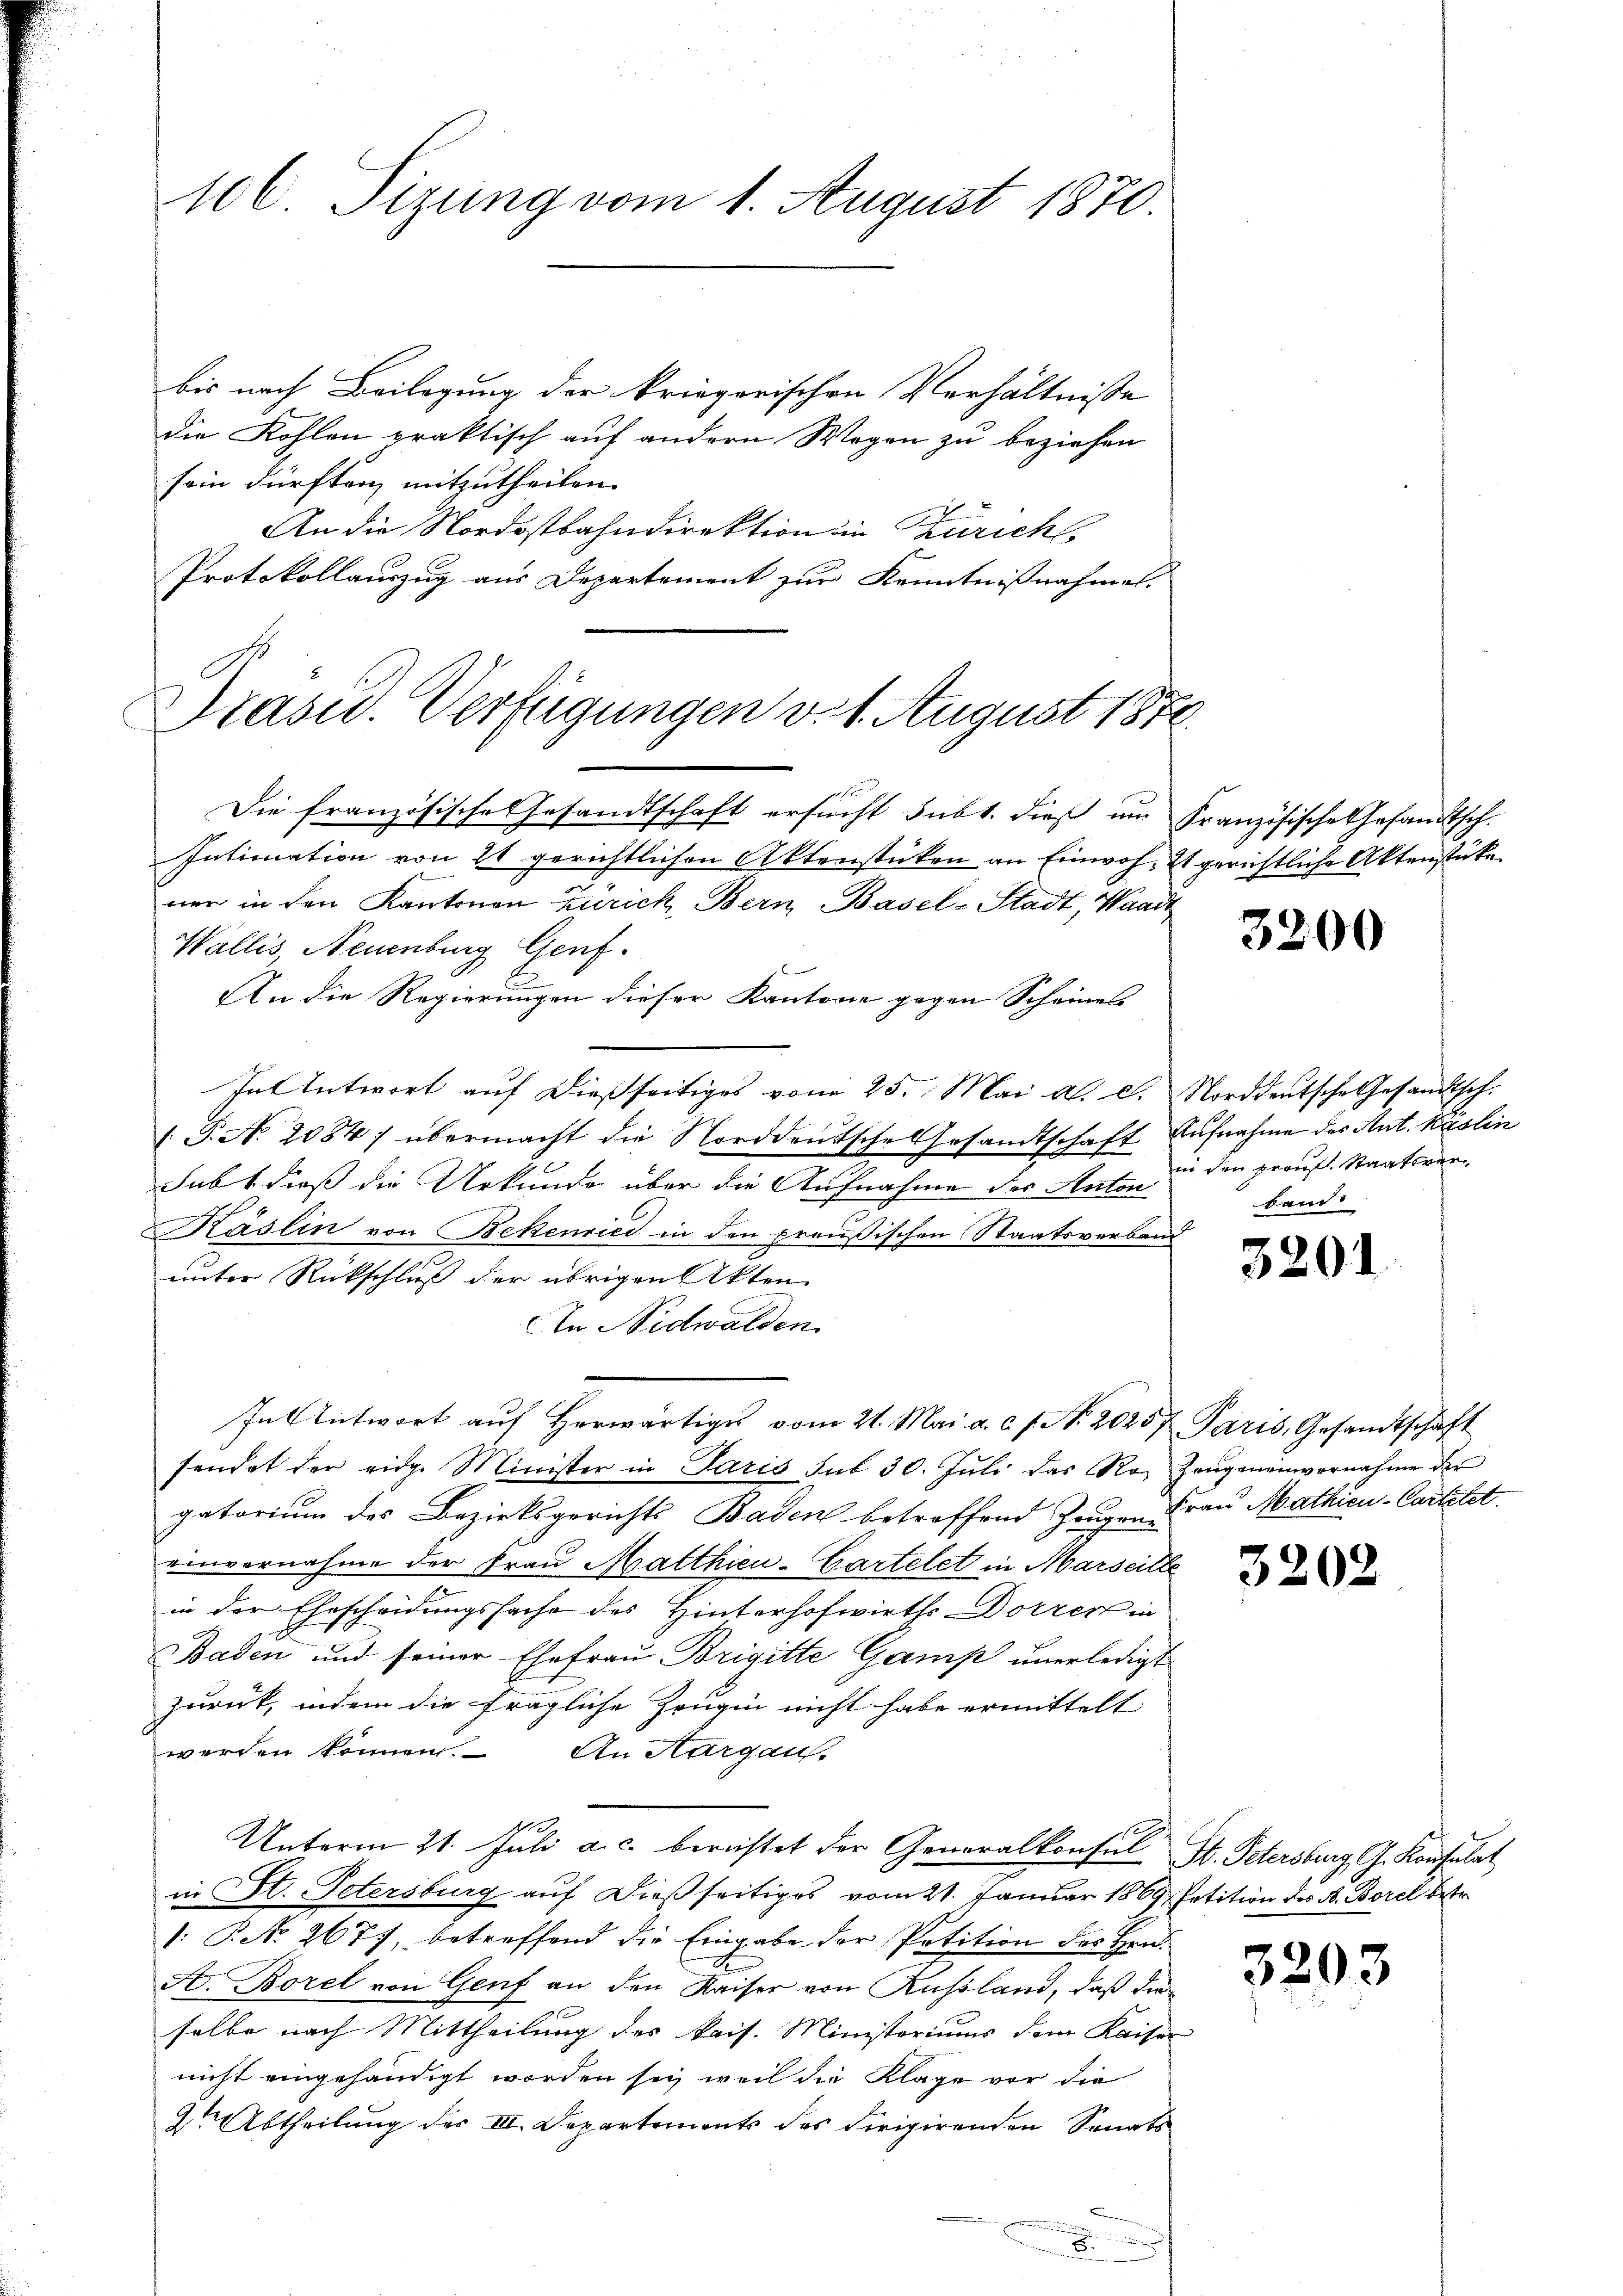
106. Sizung vom 1. August 1870.

bis nach Beilagung der kriegerischen Verhältnisse
die Kohlen praktisch auf andern Wegen zu beziehen
sein dürften mitzutheilen.
An die Nordostbahndirektion in Züricht.
Protokollauszug aus Departement zur Kenntnißnahmen.
Präsid. Verfügungen v. 1. August 1872

Die französische Gesandtschaft ersucht subt. dieß im Französische Gesandtsch.
Intimation von 21 gerichtlichen Aktenstücken an Einwoh- Es gerichtliche Aktenstüke
ner in den Kantonen Zürich, Bern Basel-Stadt, Waadt
Wallis, Neuenburg Genf.
An die Regierungen dieser Kantone gegen Scheines
In Antwort aŭf dießseitiges vom 25. Mai a. c. Norddeutsche Gesandtsch.
T. No. 2084; übermacht die Norddeutsche Gesandtschaft Aufnahme des Ant. Käslin
hebt dieß die Urkunde über die Aufnahme des Anton in den graus. Staatsver¬
Käslin von Bekenried in den preußischen Staatsverband
unter Rückschluß der übrigen Akten
In Nidwalden.
In Antwort aŭf herwärtige vom 21. Mai a. c. f. N. 20257 Paris, Gesandtschaft
sendet der eidg. Minister in Paris sub 30. Jŭli das Ro- Zeŭgeneinvernahme der
gatorium des Bezirksgerichts Baden betreffend Zeugen Frau Mathicu-Cartelst
einvernahme der Frau Matthien-Gartelet in Marseitle
in der Ehescheidungssache des Hinterhofwirths Dorrer in
Baden und seiner Ehefrau Brigitte Gamp unerledigt
zurück, indem die fragliche Zeugen nicht habe ermittelt
werden können. An Kurgaus-
Unterm 21. Juli a. c. berechtet der Generalkonsul F. Petersburg, G. Konsulat
in St. Petersburg auf dießseitiges vom 21. Januar 1869 Petition des N. Borel betr.
1: P. No. 2677, betreffend die Eingabe der Petition des Hrn.
A. Borel von Genf an den Kaiser von Russland, daß dieselbe nach Mittheilung des kais. Ministoriums dem Kaiser
nicht eingehändigt worden sey, weil die Klage vor die
2te Abtheilung des III. Departements des dirigirenden Senats
.
e
x

3200

band

3201

3202

3293